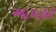
આયકર